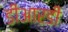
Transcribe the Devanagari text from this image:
डीआरडी